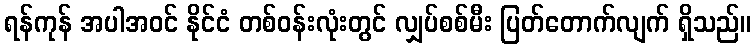
ရန်ကုန် အပါအဝင် နိုင်ငံ တစ်ဝန်းလုံးတွင် လျှပ်စစ်မီး ပြတ်တောက်လျက် ရှိသည်။